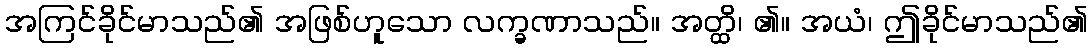
အကြင်ခိုင်မာသည်၏ အဖြစ်ဟူသော လက္ခဏာသည်။ အတ္ထိ၊ ၏။ အယံ၊ ဤခိုင်မာသည်၏